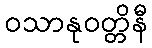
ဝသာနုဝတ္တိနီ